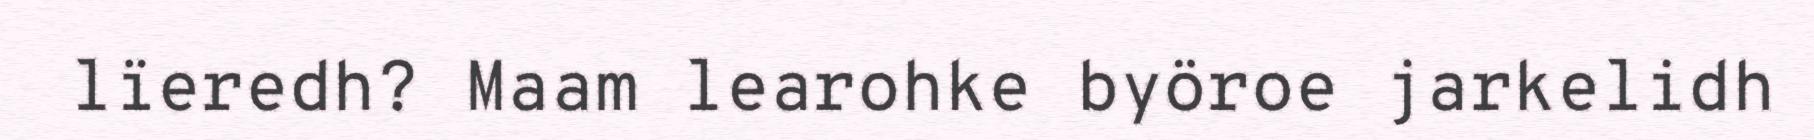
lïeredh? Maam learohke byöroe jarkelidh